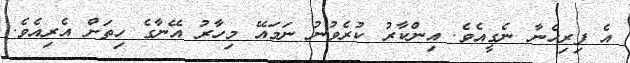
އެ ފިރިހެނާ ނެގީއެވެ. އިންކާރު ކުރެވުނު ނަމައޭ މިހާރު އޭނާގެ ހިތަށް އެރިއެވެ.